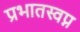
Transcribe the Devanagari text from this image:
प्रभातस्वप्न